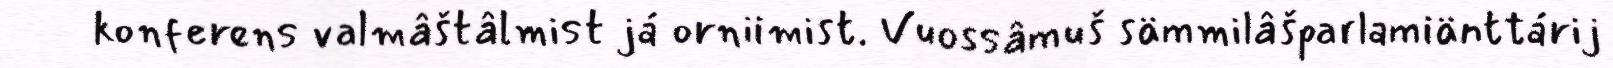
konferens valmâštâlmist já orniimist. Vuossâmuš sämmilâšparlamiänttárij